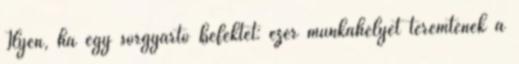
Ilyen, ha egy sörgyártó befektet: ezer munkahelyet teremtenek a